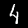
Digit: 4